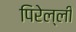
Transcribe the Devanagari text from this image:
पिरेल्ली